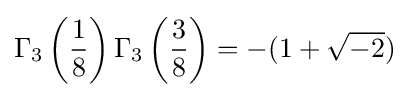
\Gamma _{3}\left({\frac {1}{8}}\right)\Gamma _{3}\left({\frac {3}{8}}\right)=-(1+{\sqrt {-2}})